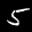
Label: 5